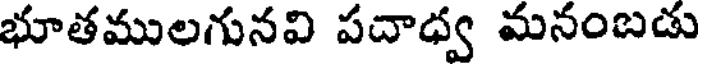
భూతములగునవి పదాధ్వ మనంబడు